Medical and sanitary report of the native army of Bengal for the year
Year: 1874
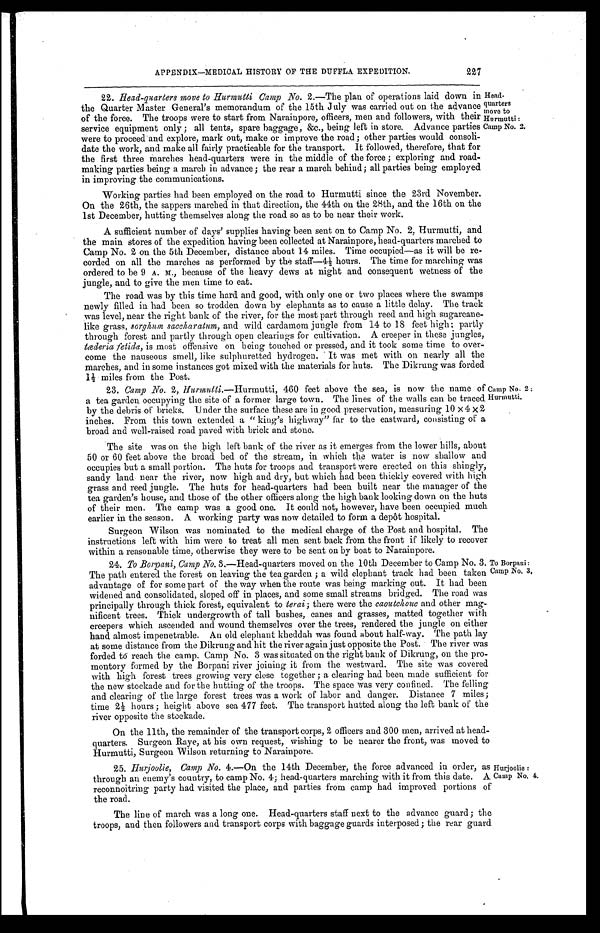
APPENDIX—MEDICAL HISTORY OF THE DUFFLA EXPEDITION.
227
22. head-quarters move to Hurmutti Camp No. 2.—The plan of operations laid down in
the Quarter Master General's memorandum of the 15th July was carried out on the advance
of the force. The troops were to start from Narainpore, officers, men and followers, with their
service equipment only ; all tents, spare baggage, &c., being left in store. Advance parties
were to proceed and explore, mark out, make or improve the road; other parties would consoli-
date the work, and make all fairly practicable for the transport. It followed, therefore, that for
the first three marches head-quarters were in the middle of the force ; exploring and road-
making parties being a march in advance; the rear a march behind; all parties being employed
in improving the communications.
Head-
quarters
move to
Hurmutti
Camp No. 2.
Working parties had been employed on the road to Hurmutti since the 23rd November.
On the 26th, the sappers marched in that direction, the 44th on the 28th, and the 16th on the
1st December, hutting themselves along the road so as to be near their work.
A sufficient number of days' supplies having been sent on to Camp No. 2, Hurmutti, and
the main stores of the expedition having been collected at Narainpore, head-quarters marched to
Camp No. 2 on the 5th December, distance about 14 miles. Time occupied—as it will be re-
corded on all the marches as performed by the staff—41/2 hours. The time for marching was
or de r e d t o be 9 A. M. , be c a us e of t he he a vy de ws a t ni ght a nd c ons e que nt we t ne s s of t he
jungle, and to give the men time to eat.
The road was by this time hard and good, with only one or two places where the swamps
newly filled in had been so trodden down by elephants as to cause a little delay. The track
was level, near the right bank of the river, for the most part through reed and high sugarcane-
like grass, sorghum sacchratum, and wild cardamom jungle from 14 to 18 feet high; partly
through forest and partly through open clearings for cultivation. A creeper in these jungles,
tæderia fetida, is most offensive on being touched or pressed, and it took some time to over-
come the nauseous smell, like sulphuretted hydrogen. It was met with on nearly all the
marches, and in some instances got mixed with the materials for huts. The Dikrung was forded
1 1/2 miles from the Post.
23. Camp No. 2, Hurmutti .—Hurmutti, 460 feet above the sea, is now the name of
a tea garden occupying the site of a former large town. The lines of the walls can be traced
by the debris of bricks. Under the surface these are in good preservation, measuring 10 × 4 × 2
inches. From this town extended a " king's highway" far to the eastward, consisting of a
broad and well-raised road paved with brick and stone.
Camp No. 2 :
Hurmutti.
The site was on the high left bank of the river as it emerges from the lower hills, about
50 or 60 feet above the broad bed of the stream, in which the water is now shallow and
occupies but a small portion. The huts for troops and transport were erected on this shingly,
sandy land near the river, now high and dry, but which had been thickly covered with high
grass and reed jungle. The huts for head-quarters had been built near the manager of the
tea garden's house, and those of the other officers along the high bank looking down on the huts
of their men. The camp was a good one. It could not, however, have been occupied much
earlier in the season. A working party was now detailed to form a depot hospital.
Surgeon Wilson was nominated to the medical chare of the Post and hospital. The
instructions left with him were to treat all men sent back from the front if likely to recover
within a reasonable time, otherwise they were to be sent on by boat to Narainpore.
24. To Borpani, Camp No. 3.—Head-quarters moved on the 10th December to Camp No. 3.
The path entered the forest on leaving the tea garden ; a wild elephant track had been taken
advantae of for some part of the way when the route was being marking out. It had been
widened and consolidated, sloped off in places, and some small streams bridged. The road was
principally through thick forest, equivalent to terai; there were the caoutchoue and other mag-
nificent trees. Thick undergrowth of tall bushes, canes and grasses, matted together with
creepers which ascended and wound themselves over the trees, rendered the jungle on either
hand almost impenetrable. An old elephant kheddah was found about half-way. The path lay
at some distance from the Dikrung and hit the river again just opposite the Post. The river was
forded to reach the camp. Camp No. 3 was situated on the right bank of Dikrung, on the pro-
montory formed by the Borpani river joining it from the westward. The site was covered
with high forest trees growing very close together ; a clearing had been made sufficient for
the new stockade and for the butting of the troops. The space was very confined. The felling
and clearing of the large forest trees was a work of labor and danger. Distance 7 miles;
time 2 1/2 hours ; height above sea 477 feet. The transport hutted along the left bank of the
river opposite the stockade.
On the 11th, the remainder of the transport corps, 2 officers and 300 men, arrived at head-
quarters. Surgeon Raye, at his own request, wishing to be nearer the front, was moved tc
Hurmutti, Surgeon Wilson returning to Narainpore.
To Borpani :
Camp No. 3,
25. Hurjoolie, Camp No. 4.—On the 14th December, the force advanced in order, as
through an enemy's country, to camp No. 4; head-quarters marching with it from this date. A
reconnoitring party had visited the place, and parties from camp had improved portions of
the road.
Hurjoolie :
Camp No, 4.
The line of march was a long one. Head-quarters staff next to the advance guard; the
troops, and then followers and transport corps with baggage guards interposed; the rear guard